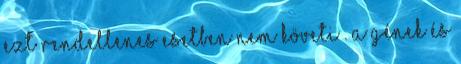
ezt rendellenes esetben nem követi . A gének és